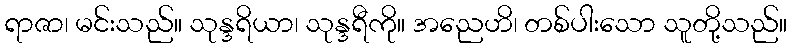
ရာဇာ၊ မင်းသည်။ သုန္ဒရိယာ၊ သုန္ဒရီကို။ အညေဟိ၊ တစ်ပါးသော သူတို့သည်။